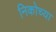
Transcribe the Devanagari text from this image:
निकोच्या